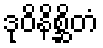
ဒုဝိနိစ္ဆိတံ